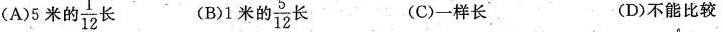
(A ) 5 米的\frac{1}{12}长 (B) 1 米的 \frac{5}{12}长 (C)一样长 (D)不能比较